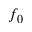
f _ { 0 }